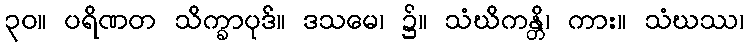
၃၀။ ပရိဏတ သိက္ခာပုဒ်။ ဒသမေ၊ ၌။ သံဃိကန္တိ၊ ကား။ သံဃဿ၊